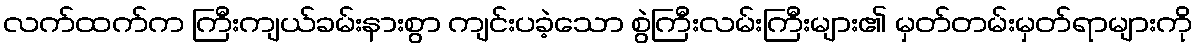
လက်ထက်က ကြီးကျယ်ခမ်းနားစွာ ကျင်းပခဲ့သော စွဲကြီးလမ်းကြီးများ၏ မှတ်တမ်းမှတ်ရာများကို